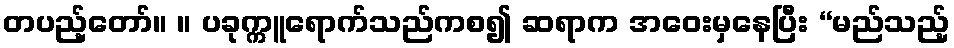
တပည့်တော်။ ။ ပခုက္ကူရောက်သည်ကစ၍ ဆရာက အဝေးမှနေပြီး “မည်သည့်